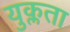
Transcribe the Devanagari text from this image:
युक्लता